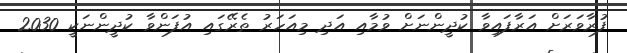
ފުރާވަރަށް އަރާފައިވާ ކުދީންނަށް ވުމާއި އަދި މިއަހަރު ތެރޭގައި އުފަންވާ ކުދީންނަކީ 2030